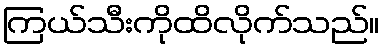
ကြယ်သီးကိုထိလိုက်သည်။